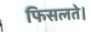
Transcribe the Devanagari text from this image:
फिसलते।